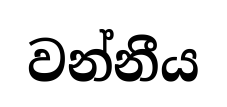
වන්නීය